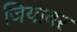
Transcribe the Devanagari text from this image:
जियावर